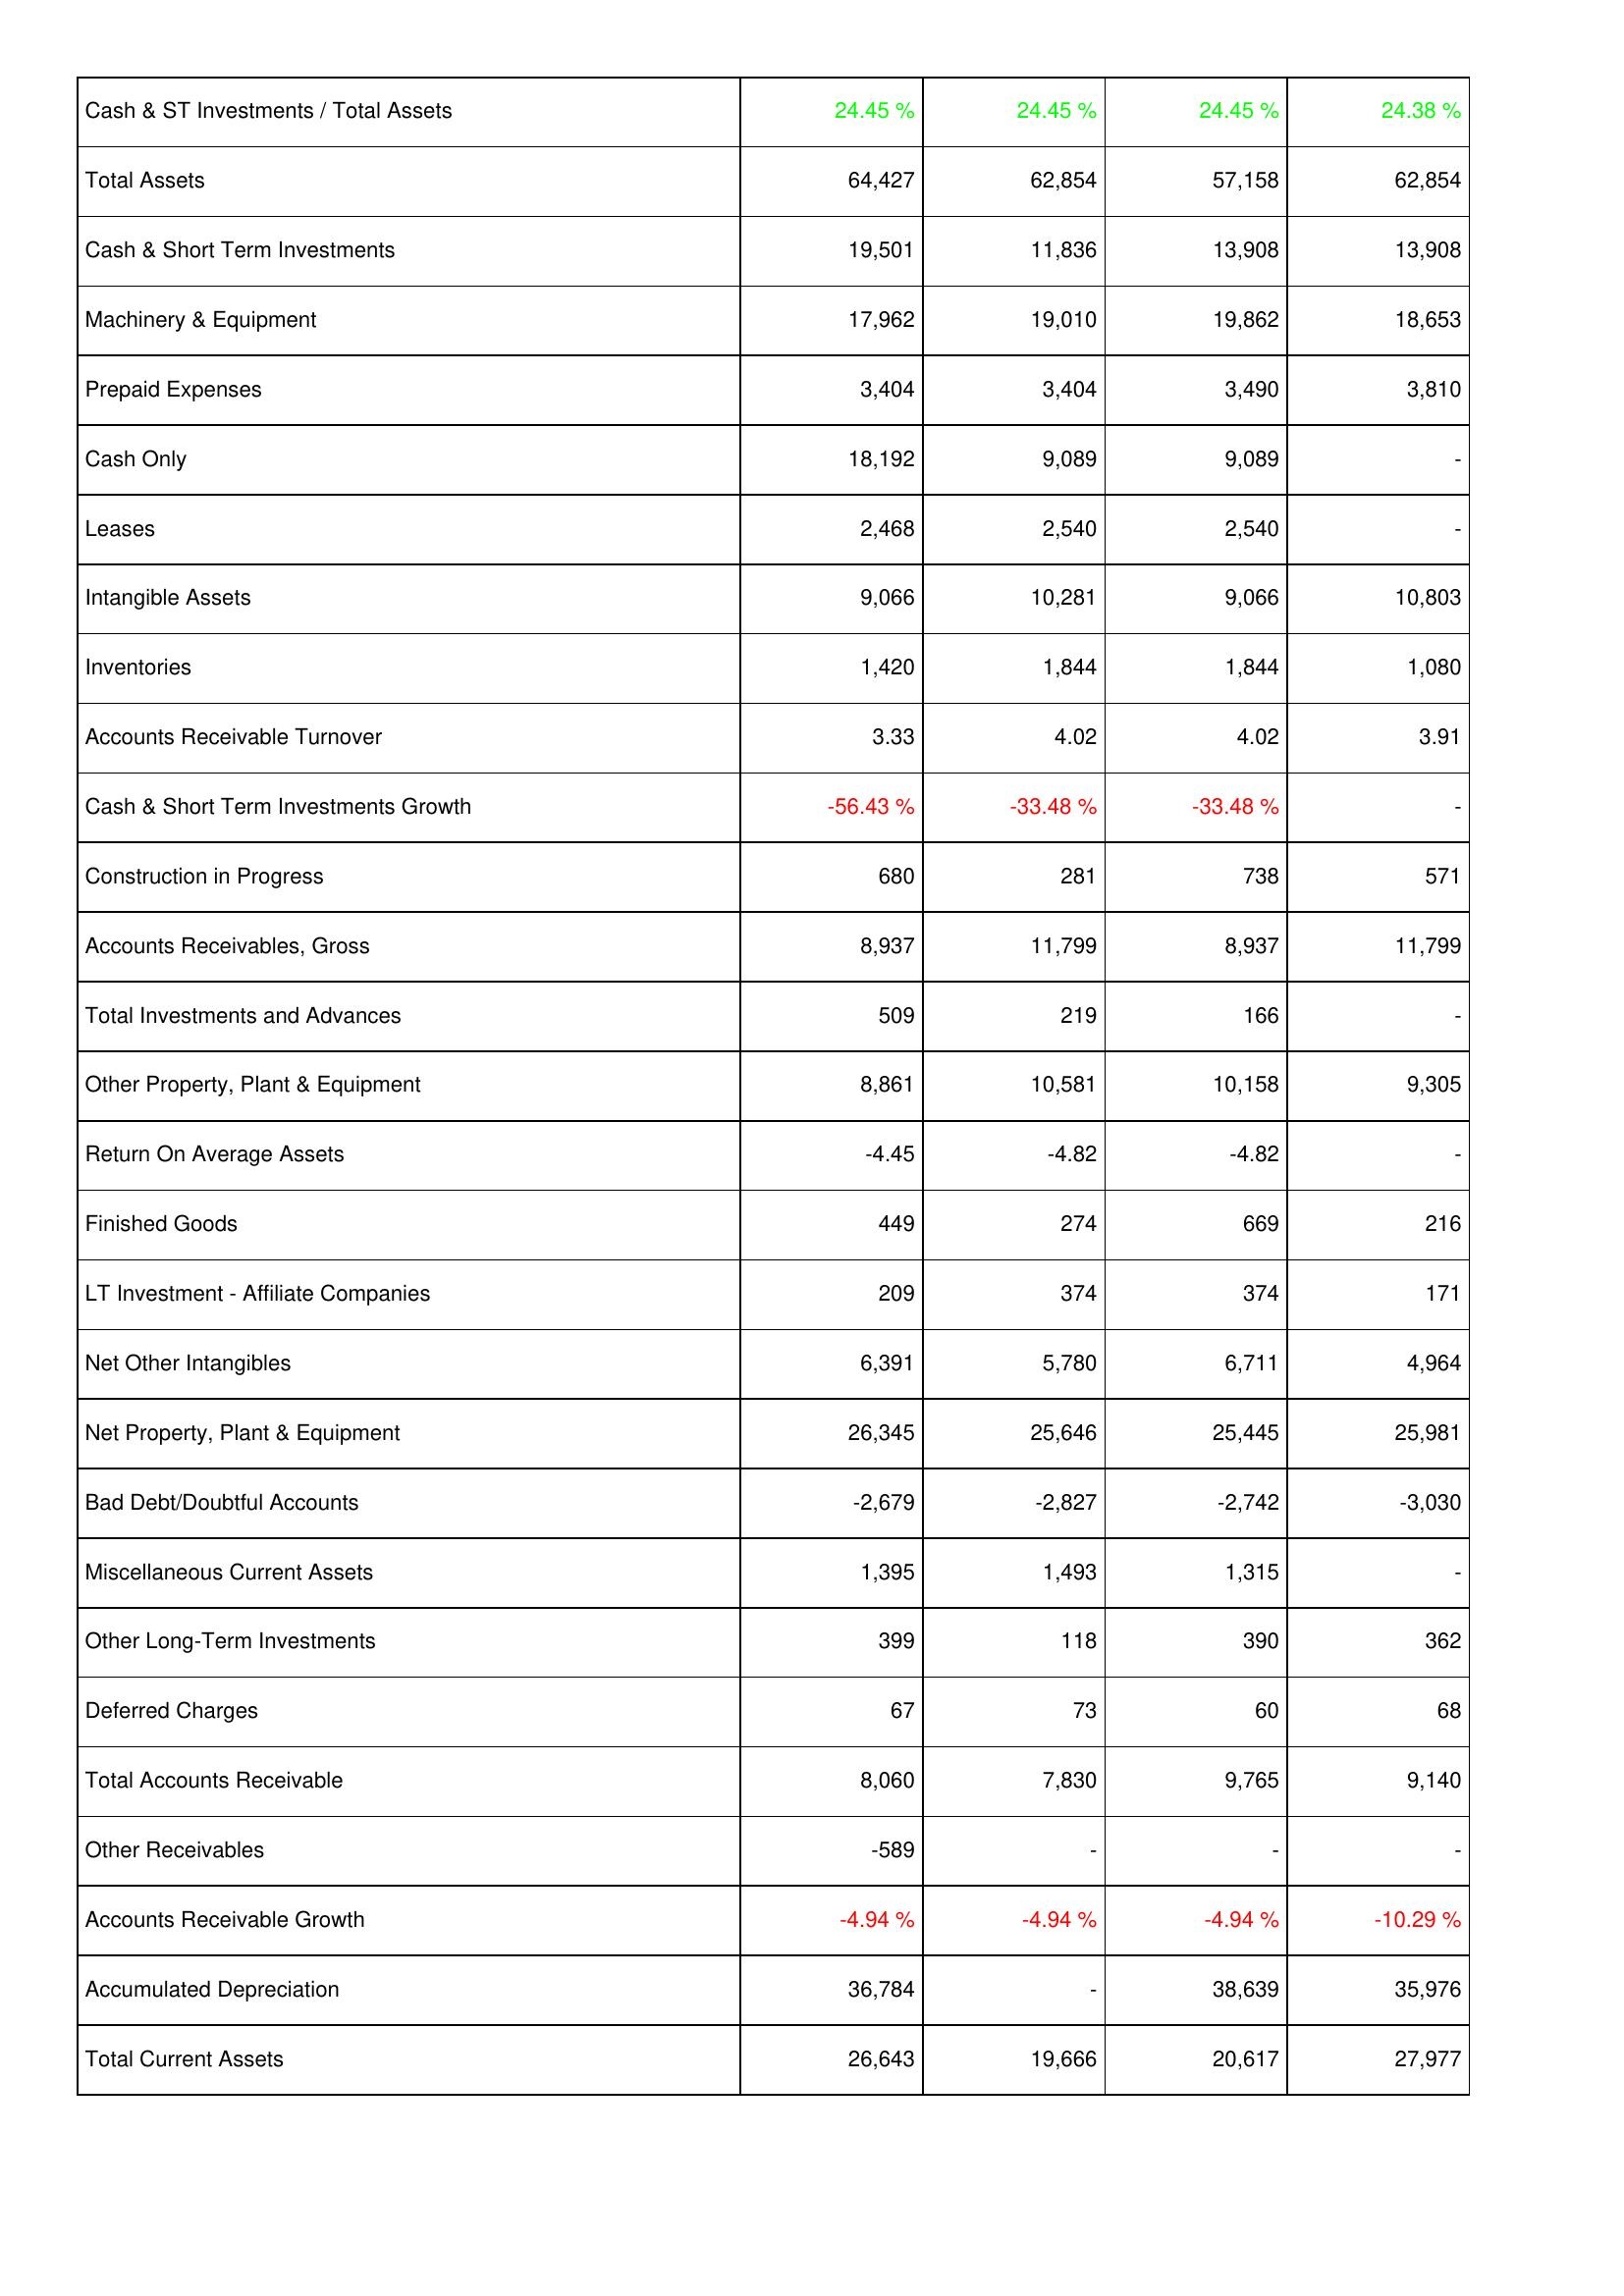
2013: Assets: Cash & ST Investments / Total Assets: 24.45 %
Total Assets: 64,427
Cash & Short Term Investments: 19,501
Machinery & Equipment: 17,962
Prepaid Expenses: 3,404
Cash Only: 18,192
Leases: 2,468
Intangible Assets: 9,066
Inventories: 1,420
Accounts Receivable Turnover: 3.33
Cash & Short Term Investments Growth: -56.43 %
Construction in Progress: 680
Accounts Receivables, Gross: 8,937
Total Investments and Advances: 509
Other Property, Plant & Equipment: 8,861
Return On Average Assets: -4.45
Finished Goods: 449
LT Investment - Affiliate Companies: 209
Net Other Intangibles: 6,391
Net Property, Plant & Equipment: 26,345
Bad Debt/Doubtful Accounts: -2,679
Miscellaneous Current Assets: 1,395
Other Long-Term Investments: 399
Deferred Charges: 67
Total Accounts Receivable: 8,060
Other Receivables: -589
Accounts Receivable Growth: -4.94 %
Accumulated Depreciation: 36,784
Total Current Assets: 26,643
2012: Assets: Cash & ST Investments / Total Assets: 24.45 %
Total Assets: 62,854
Cash & Short Term Investments: 11,836
Machinery & Equipment: 19,010
Prepaid Expenses: 3,404
Cash Only: 9,089
Leases: 2,540
Intangible Assets: 10,281
Inventories: 1,844
Accounts Receivable Turnover: 4.02
Cash & Short Term Investments Growth: -33.48 %
Construction in Progress: 281
Accounts Receivables, Gross: 11,799
Total Investments and Advances: 219
Other Property, Plant & Equipment: 10,581
Return On Average Assets: -4.82
Finished Goods: 274
LT Investment - Affiliate Companies: 374
Net Other Intangibles: 5,780
Net Property, Plant & Equipment: 25,646
Bad Debt/Doubtful Accounts: -2,827
Miscellaneous Current Assets: 1,493
Other Long-Term Investments: 118
Deferred Charges: 73
Total Accounts Receivable: 7,830
Other Receivables: -
Accounts Receivable Growth: -4.94 %
Accumulated Depreciation: -
Total Current Assets: 19,666
2011: Assets: Cash & ST Investments / Total Assets: 24.45 %
Total Assets: 57,158
Cash & Short Term Investments: 13,908
Machinery & Equipment: 19,862
Prepaid Expenses: 3,490
Cash Only: 9,089
Leases: 2,540
Intangible Assets: 9,066
Inventories: 1,844
Accounts Receivable Turnover: 4.02
Cash & Short Term Investments Growth: -33.48 %
Construction in Progress: 738
Accounts Receivables, Gross: 8,937
Total Investments and Advances: 166
Other Property, Plant & Equipment: 10,158
Return On Average Assets: -4.82
Finished Goods: 669
LT Investment - Affiliate Companies: 374
Net Other Intangibles: 6,711
Net Property, Plant & Equipment: 25,445
Bad Debt/Doubtful Accounts: -2,742
Miscellaneous Current Assets: 1,315
Other Long-Term Investments: 390
Deferred Charges: 60
Total Accounts Receivable: 9,765
Other Receivables: -
Accounts Receivable Growth: -4.94 %
Accumulated Depreciation: 38,639
Total Current Assets: 20,617
2010: Assets: Cash & ST Investments / Total Assets: 24.38 %
Total Assets: 62,854
Cash & Short Term Investments: 13,908
Machinery & Equipment: 18,653
Prepaid Expenses: 3,810
Cash Only: -
Leases: -
Intangible Assets: 10,803
Inventories: 1,080
Accounts Receivable Turnover: 3.91
Cash & Short Term Investments Growth: -
Construction in Progress: 571
Accounts Receivables, Gross: 11,799
Total Investments and Advances: -
Other Property, Plant & Equipment: 9,305
Return On Average Assets: -
Finished Goods: 216
LT Investment - Affiliate Companies: 171
Net Other Intangibles: 4,964
Net Property, Plant & Equipment: 25,981
Bad Debt/Doubtful Accounts: -3,030
Miscellaneous Current Assets: -
Other Long-Term Investments: 362
Deferred Charges: 68
Total Accounts Receivable: 9,140
Other Receivables: -
Accounts Receivable Growth: -10.29 %
Accumulated Depreciation: 35,976
Total Current Assets: 27,977